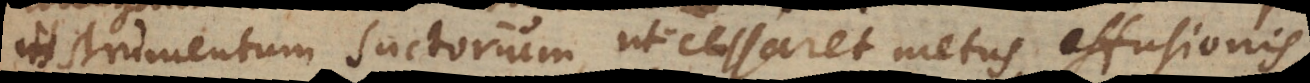
instrumentum suctorium, ut cessaret metus effusionis,